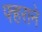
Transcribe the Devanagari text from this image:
फ्हराने